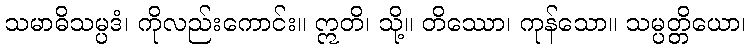
သမာဓိသမ္ပဒံ၊ ကိုလည်းကောင်း။ ဣတိ၊ သို့။ တိဿော၊ ကုန်သော။ သမ္ပတ္တိယော၊